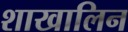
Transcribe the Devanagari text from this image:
शाखालिन